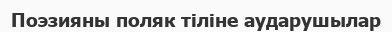
Поэзияны поляк тіліне аударушылар